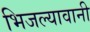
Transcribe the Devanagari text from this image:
भिजल्यावानी